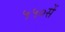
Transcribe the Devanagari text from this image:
५५०सें